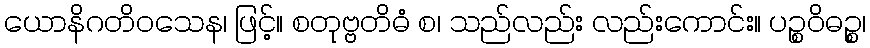
ယောနိဂတိဝသေန၊ ဖြင့်။ စတုဗ္ဗတိဓံ စ၊ သည်လည်း လည်းကောင်း။ ပဉ္စဝိဓဉ္စ၊